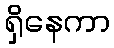
ရှိနေကာ